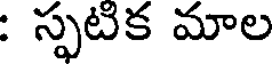
: స్ఫటిక మాల